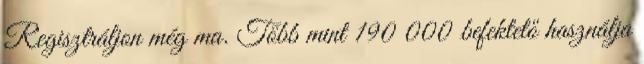
Regisztráljon még ma. Több mint 190 000 befektető használja